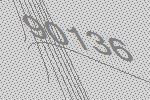
90136